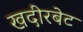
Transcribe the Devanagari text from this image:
खदीरबेट